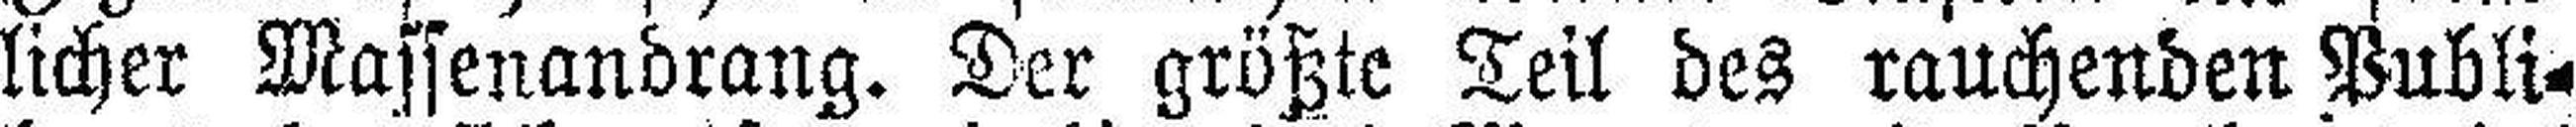
licher Massenandrang. Der größte Teil des rauchenden Publi¬